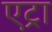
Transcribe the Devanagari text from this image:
एट्रा